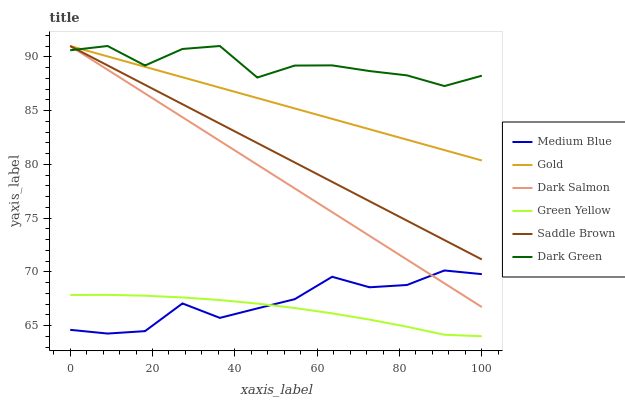
| xaxis_label | Medium Blue | Gold | Dark Salmon | Green Yellow | Saddle Brown | Dark Green |
 | --- | --- | --- | --- | --- | --- | --- |
 | 0 | 64.6 | 91 | 91 | 67.8 | 91 | 90.6 |
 | 9.09 | 64.3 | 90 | 88.8 | 67.8 | 89.2 | 91 |
 | 18.2 | 64.5 | 89.1 | 86.6 | 67.8 | 87.4 | 89.2 |
 | 27.3 | 67.1 | 88.1 | 84.4 | 67.6 | 85.6 | 90.7 |
 | 36.4 | 65.7 | 87.1 | 82.2 | 67.4 | 83.8 | 91 |
 | 45.5 | 66.6 | 86.2 | 80 | 67 | 82 | 88.1 |
 | 54.5 | 67.4 | 85.2 | 77.8 | 66.6 | 80.2 | 89.2 |
 | 63.6 | 69.5 | 84.2 | 75.5 | 66.1 | 78.4 | 89.2 |
 | 72.7 | 68.6 | 83.3 | 73.3 | 65.6 | 76.6 | 88.7 |
 | 81.8 | 68.8 | 82.3 | 71.1 | 64.9 | 74.8 | 88.3 |
 | 90.9 | 70.1 | 81.3 | 68.9 | 64.1 | 72.9 | 87.3 |
 | 100 | 69.8 | 80.4 | 66.7 | 64 | 71.1 | 88.2 |